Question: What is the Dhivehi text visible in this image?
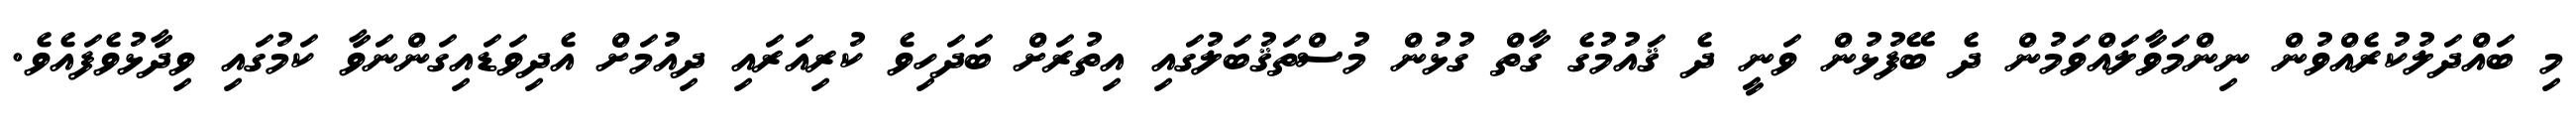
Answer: މި ބައްދަލުކުރެއްވުން ނިންމަވާލައްވަމުން ދެ ބޭފުޅުން ވަނީ ދެ ޤައުމުގެ ގާތް ގުޅުން މުސްތަޤުބަލުގައި އިތުރަށް ބަދަހިވެ ކުރިއަރައި ދިއުމަށް އެދިވަޑައިގަންނަވާ ކަމުގައި ވިދާޅުވެފައެވެ.